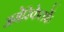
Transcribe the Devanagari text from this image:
अमेरिकेतर्फे